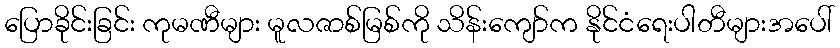
ပြောခိုင်းခြင်း ကုမဏီများ မူလဇာစ်မြစ်ကို သိန်းကျော်က နိုင်ငံရေးပါတီများအပေါ်